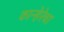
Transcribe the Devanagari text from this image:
कान्हेरेचा